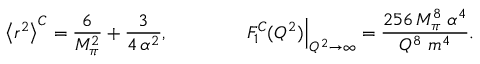
\left< r ^ { 2 } \right> ^ { C } = \frac { 6 } { M _ { \pi } ^ { 2 } } + \frac { 3 } { 4 \, \alpha ^ { 2 } } , \qquad \qquad \left. F _ { 1 } ^ { C } ( Q ^ { 2 } ) \right| _ { Q ^ { 2 } \rightarrow \infty } = \frac { 2 5 6 \, M _ { \pi } ^ { 8 } \; \alpha ^ { 4 } } { Q ^ { 8 } \; m ^ { 4 } } .